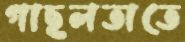
গাছলতাতে